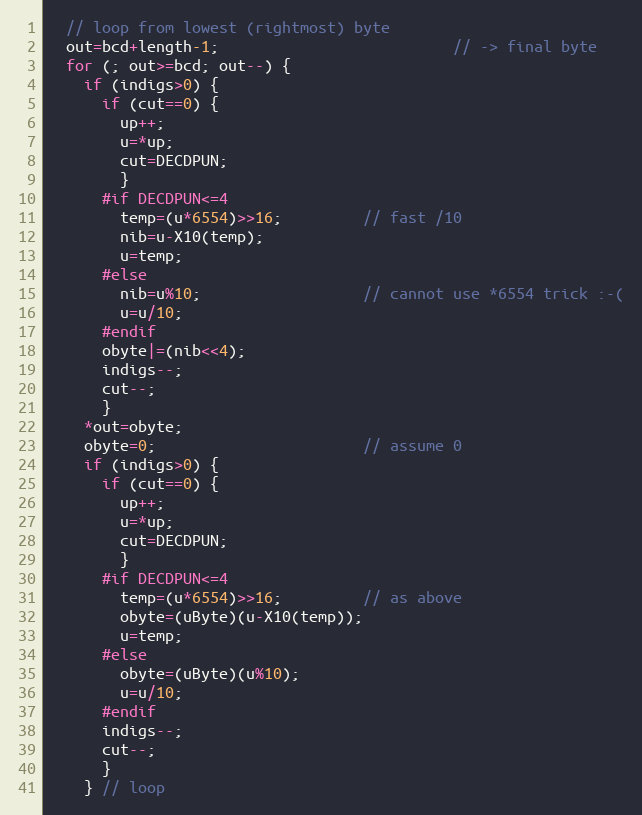
Language: C
  // loop from lowest (rightmost) byte
  out=bcd+length-1;                          // -> final byte
  for (; out>=bcd; out--) {
    if (indigs>0) {
      if (cut==0) {
        up++;
        u=*up;
        cut=DECDPUN;
        }
      #if DECDPUN<=4
        temp=(u*6554)>>16;         // fast /10
        nib=u-X10(temp);
        u=temp;
      #else
        nib=u%10;                  // cannot use *6554 trick :-(
        u=u/10;
      #endif
      obyte|=(nib<<4);
      indigs--;
      cut--;
      }
    *out=obyte;
    obyte=0;                       // assume 0
    if (indigs>0) {
      if (cut==0) {
        up++;
        u=*up;
        cut=DECDPUN;
        }
      #if DECDPUN<=4
        temp=(u*6554)>>16;         // as above
        obyte=(uByte)(u-X10(temp));
        u=temp;
      #else
        obyte=(uByte)(u%10);
        u=u/10;
      #endif
      indigs--;
      cut--;
      }
    } // loop